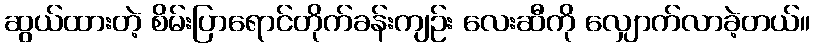
ဆွယ်ထားတဲ့ စိမ်းပြာရောင်တိုက်ခန်းကျဉ်း လေးဆီကို လျှောက်လာခဲ့တယ်။